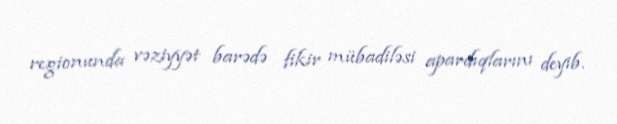
regionunda vəziyyət barədə fikir mübadiləsi apardıqlarını deyib.